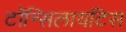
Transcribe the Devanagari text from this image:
टॉन्सिलायटिस